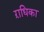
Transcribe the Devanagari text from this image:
ऱाधिका